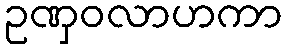
ဥဏှဝလာဟကာ